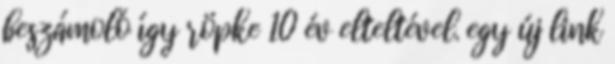
beszámoló így röpke 10 év elteltével. egy új link